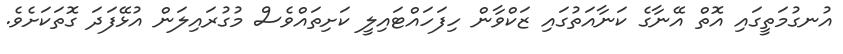
އުނގުމަތީގައި އޮތް އޭނާގެ ކަނާއަތުގައި ޒަކްވާން ހިފަހައްޓައިލީ ކަށިތައްވެސް މުގުރައިލަން އުޅޭފަދަ ގޮތަކަށެވެ.